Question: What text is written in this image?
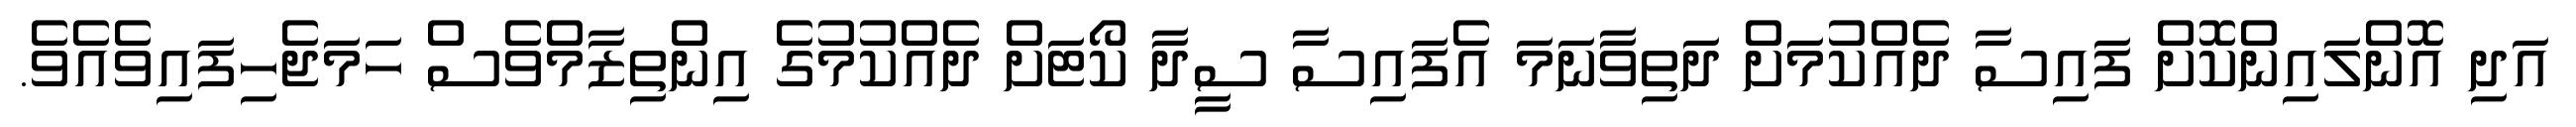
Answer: އަދި އޮންލައިންކޮށް ފައިސާ ދެއްކުމަށް ދަތިވާނަމަ އެފައިސާ ސީދާ ކޯޓަށް ދެއްކުމުގެ އިންތިޒާމްވެސް ހަމަޖެހިފައިވެއެވެ.